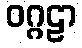
ဝဂ္ဂဠာ